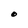
Character: O